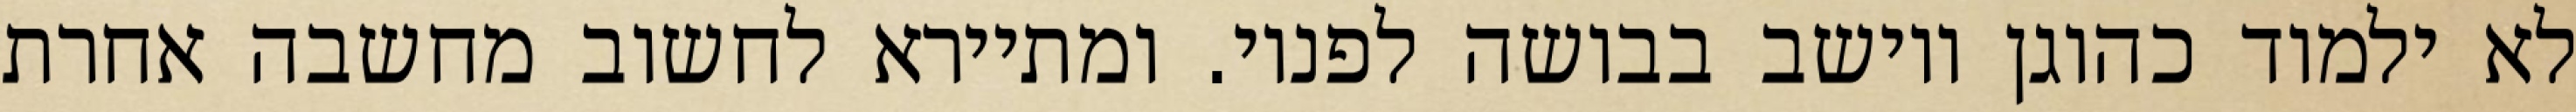
לא ילמוד כהוגן ויושב בבושה לפניו. ומתיירא לחשוב מחשבה אחרת